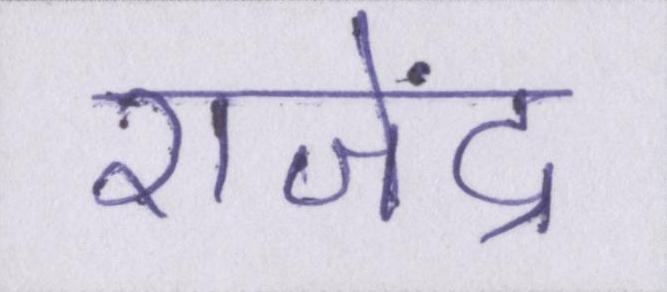
राजेंद्र